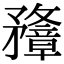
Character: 𥎟